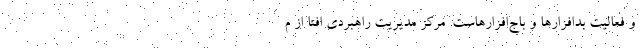
و فعالیت بدافزارها و باج‌افزارهاست. مرکز مدیریت راهبردی افتا از م